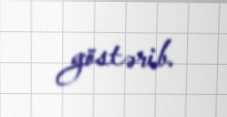
göstərib.